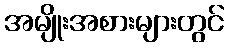
အမျိုးအစားများတွင်